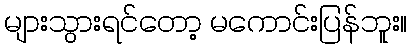
များသွားရင်တော့ မကောင်းပြန်ဘူး။